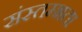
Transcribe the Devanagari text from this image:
संस्तम्भता